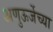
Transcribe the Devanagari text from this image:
अणुऊर्जेच्या